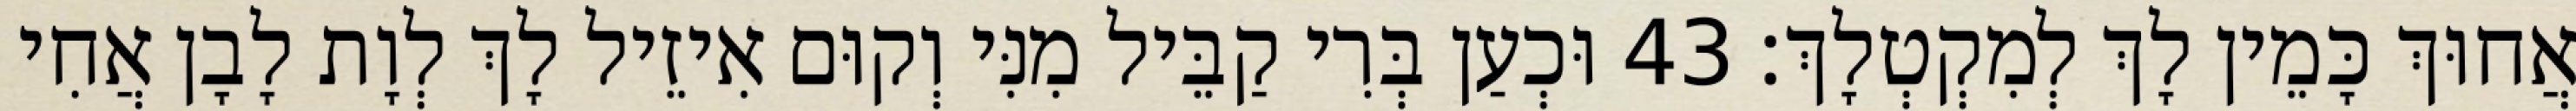
אֲחוּךְ כָּמֵין לָךְ לְמִקְטְלָךְ׃ 43 וּכְעַן בְּרִי קַבֵּיל מִנִּי וְקוּם אִיזֵיל לָךְ לְוָת לָבָן אֲחִי